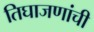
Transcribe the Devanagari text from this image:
तिघाजणांची